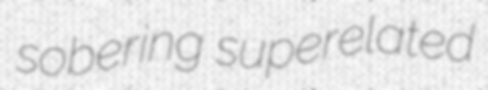
sobering superelated